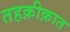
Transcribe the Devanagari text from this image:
तहक़ीक़ात